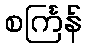
စင်္ကြန်